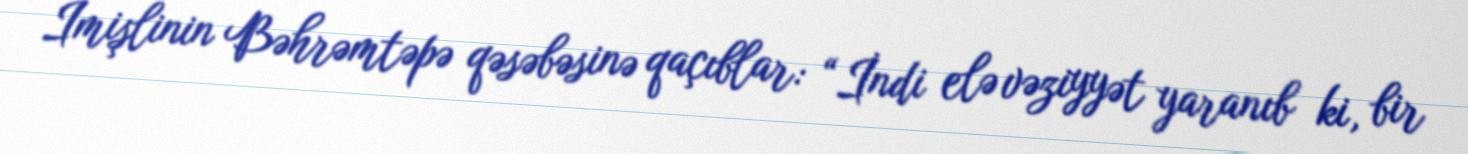
İmişlinin Bəhrəmtəpə qəsəbəsinə qaçıblar: “İndi elə vəziyyət yaranıb ki, bir